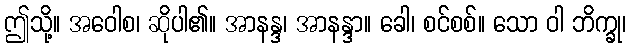
ဤသို့။ အဝေါစ၊ ဆိုပါ၏။ အာနန္ဒ၊ အာနန္ဒာ။ ခေါ၊ စင်စစ်။ သော ဝါ ဘိက္ခု၊